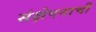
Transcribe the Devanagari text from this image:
संक्षेपनाची